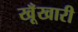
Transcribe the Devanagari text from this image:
खूँखारी